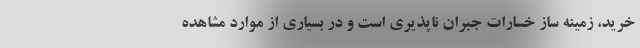
خرید، زمینه ساز خسارات جبران ناپذیری است و در بسیاری از موارد مشاهده